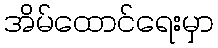
အိမ်ထောင်ရေးမှာ